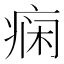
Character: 痫